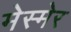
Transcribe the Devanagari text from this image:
मेस्मेर